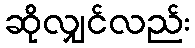
ဆိုလျှင်လည်း